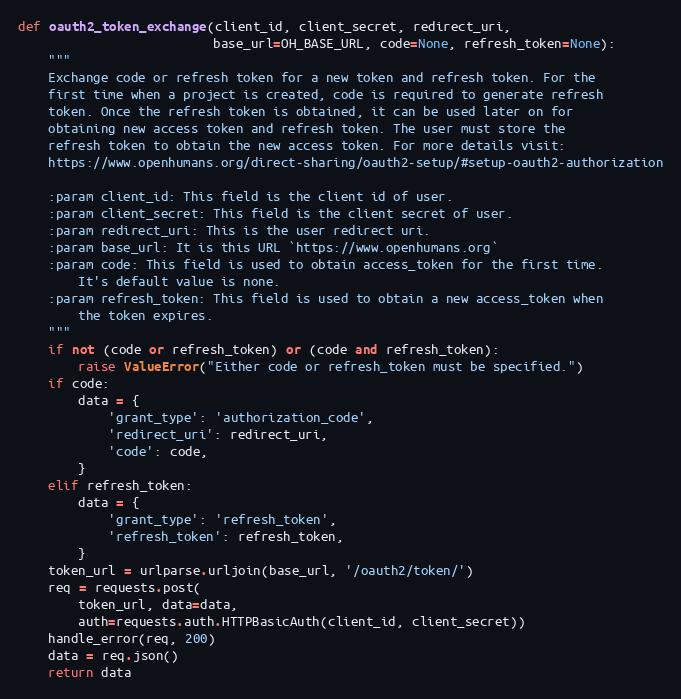
Language: Python
def oauth2_token_exchange(client_id, client_secret, redirect_uri,
                          base_url=OH_BASE_URL, code=None, refresh_token=None):
    """
    Exchange code or refresh token for a new token and refresh token. For the
    first time when a project is created, code is required to generate refresh
    token. Once the refresh token is obtained, it can be used later on for
    obtaining new access token and refresh token. The user must store the
    refresh token to obtain the new access token. For more details visit:
    https://www.openhumans.org/direct-sharing/oauth2-setup/#setup-oauth2-authorization

    :param client_id: This field is the client id of user.
    :param client_secret: This field is the client secret of user.
    :param redirect_uri: This is the user redirect uri.
    :param base_url: It is this URL `https://www.openhumans.org`
    :param code: This field is used to obtain access_token for the first time.
        It's default value is none.
    :param refresh_token: This field is used to obtain a new access_token when
        the token expires.
    """
    if not (code or refresh_token) or (code and refresh_token):
        raise ValueError("Either code or refresh_token must be specified.")
    if code:
        data = {
            'grant_type': 'authorization_code',
            'redirect_uri': redirect_uri,
            'code': code,
        }
    elif refresh_token:
        data = {
            'grant_type': 'refresh_token',
            'refresh_token': refresh_token,
        }
    token_url = urlparse.urljoin(base_url, '/oauth2/token/')
    req = requests.post(
        token_url, data=data,
        auth=requests.auth.HTTPBasicAuth(client_id, client_secret))
    handle_error(req, 200)
    data = req.json()
    return data